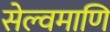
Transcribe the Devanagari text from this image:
सेल्वमाणि